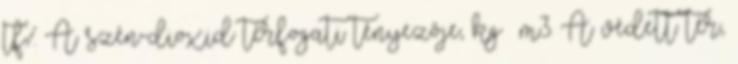
tf% A szén-dioxid térfogati tényezõje, kg m3 A védett tér,